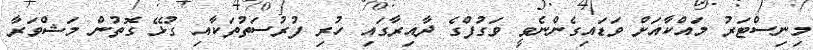
މިނިސްޓަރު މައްކާއަށް ވަަޑައިގެންނެވީ ވަގުފްގެ ދާއިރާގައި ހުރި ފުރުސަތުތަކާއި ގުޅޭ ގޮތުން މަޝްވަރާ